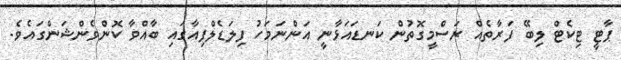
ޕާޓީ ޓިކެޓް ލިބޭ ފަރާތެއް ރަސްމީގޮތުން ކަނޑައަޅާނީ އަންނަމަހު ފިލަޑެލްފިއާގައި ބާއްވާ ކޮންވެންޝަންގައެވެ.